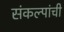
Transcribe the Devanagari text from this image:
संकल्पांची